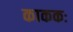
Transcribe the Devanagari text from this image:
काककः